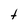
Character: t